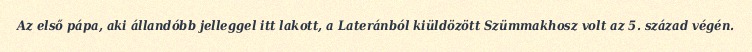
Az első pápa, aki állandóbb jelleggel itt lakott, a Lateránból kiüldözött Szümmakhosz volt az 5. század végén.